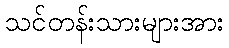
သင်တန်းသားများအား